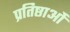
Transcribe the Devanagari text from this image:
प्रतिष्ठाओं